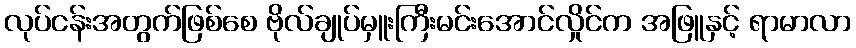
လုပ်ငန်းအတွက်ဖြစ်စေ ဗိုလ်ချုပ်မှူးကြီးမင်းအောင်လှိုင်က အဖြူနှင့် ရာမာလာ